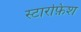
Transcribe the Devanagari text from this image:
स्टारफ़िश